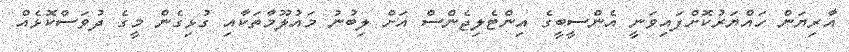
އާރިޔަން ހައްޔަރުކޮށްފައިވަނީ އެންސީބީގެ އިންޓެލިޖެންސް އަށް ލިބުނު މައުލޫމާތަކާއި ގުޅިގެން މީގެ ދުވަސްކޮޅެއް